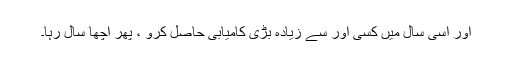
اور اسی سال میں کسی اور سے زیادہ بڑی کامیابی حاصل کرو ، پھر اچھا سال رہا۔